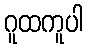
ဂူထကူပါ